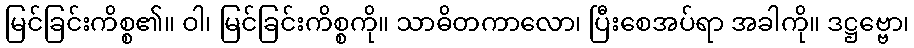
မြင်ခြင်းကိစ္စ၏။ ဝါ၊ မြင်ခြင်းကိစ္စကို။ သာဓိတကာလော၊ ပြီးစေအပ်ရာ အခါကို။ ဒဋ္ဌဗ္ဗော၊